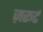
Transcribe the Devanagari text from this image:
ज़रूर्ट